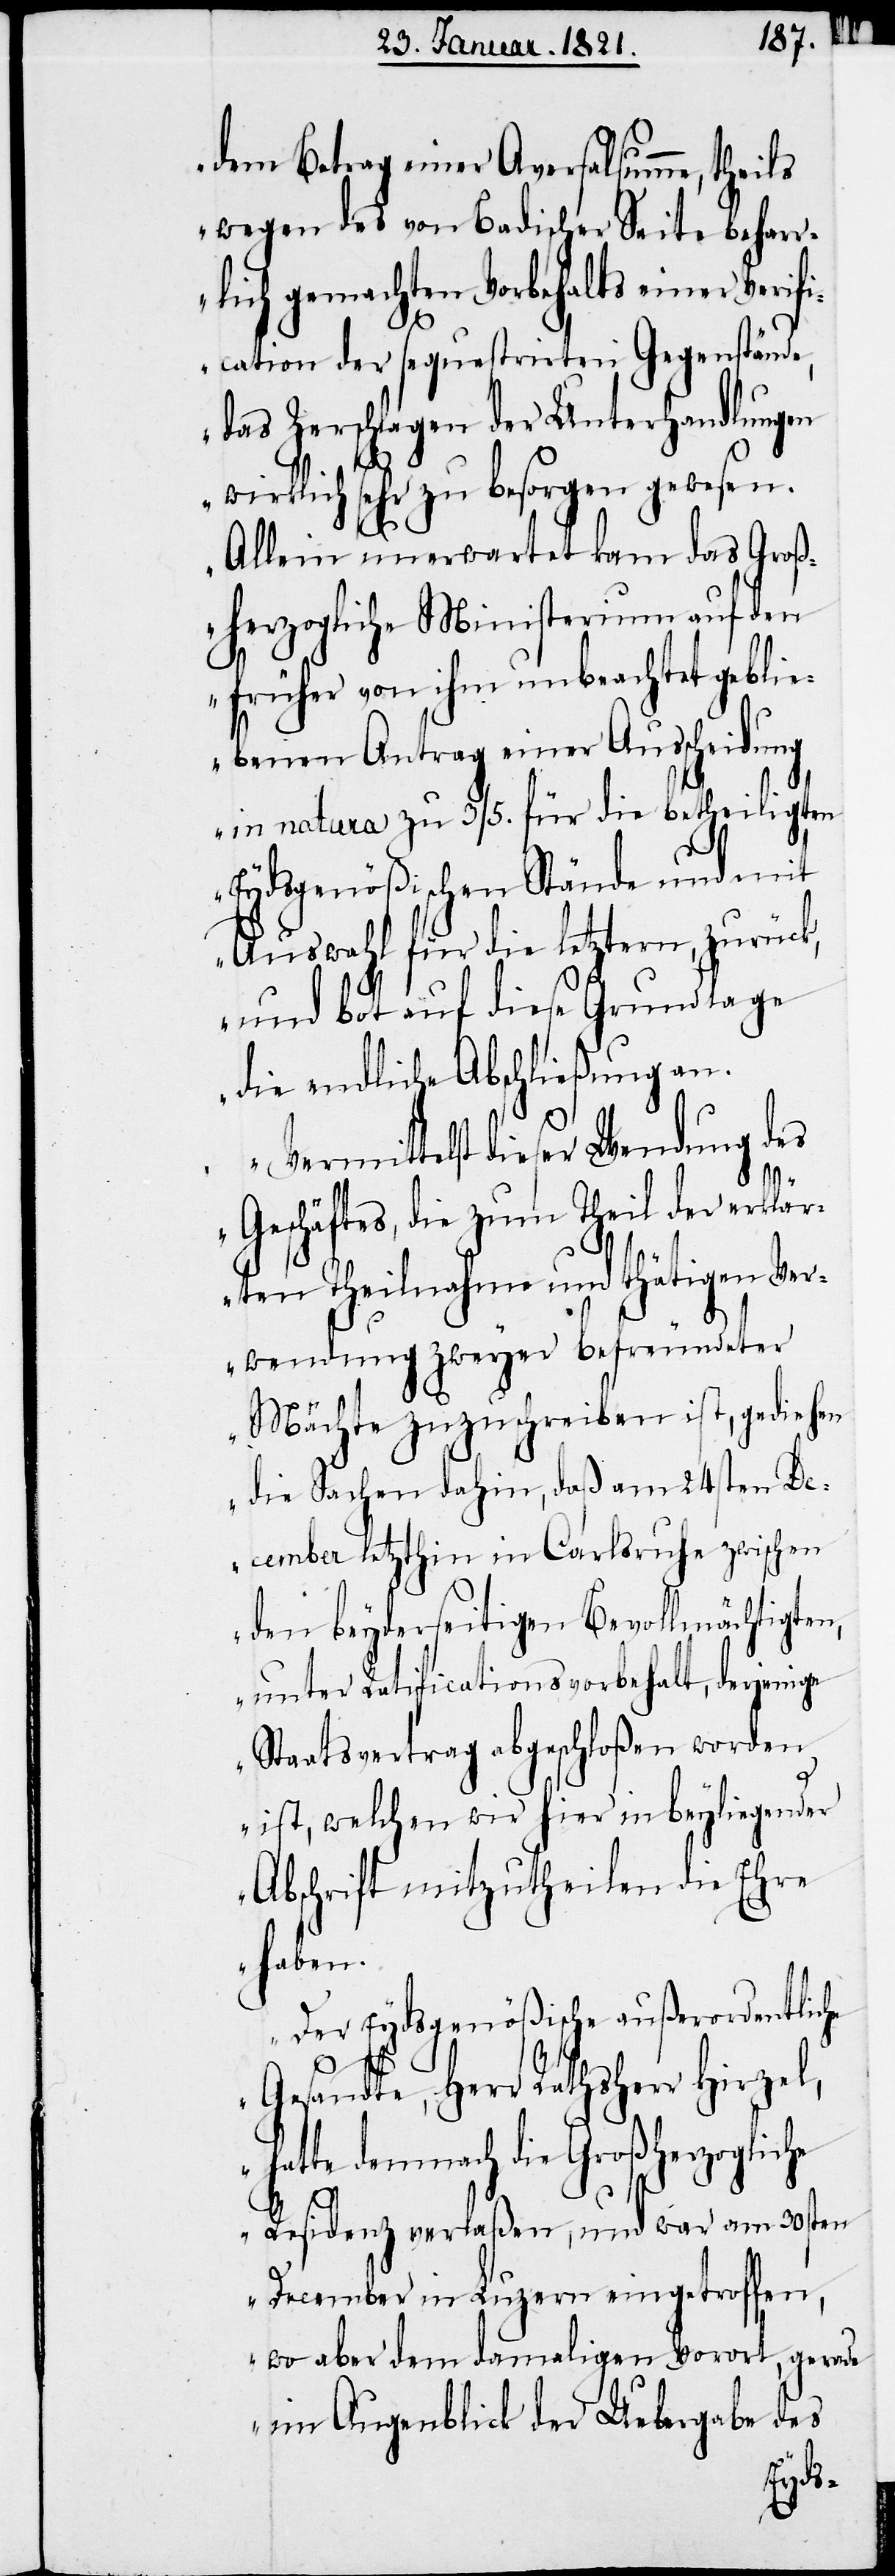
dem Betrag einer Aversalsumme, theils
wegen des von Badischer Seite behar¬
rlich gemachten Vorbehalts einer Verif¬
ication der sequestrirten Gegenstände,
das Zerschlagen der Unterhandlungen
wirklich sehr zu besorgen gewesen.
Allein unerwartet kam das Groß¬
herzogliche Ministerium auf den
früher von ihm unbeachtet geblie¬
benen Antrag einer Ausscheidung
in natura zu 3/5. für die betheiligten
Eydsgenößischen Stände und mit
Auswahl für die letztern, zurück,
die endliche Abschließung an.
Vermittelst dieser Wendung des
Geschäftes, die zum Theil der erklär¬
ten Theilnahme und thätigen Ver¬
wendung zweyer befreundeter
Mächte zuzuschreiben ist, gediehen
die Sachen dahin, daß am 24sten De¬
cember letzthin in Carlsruhe zwischen
den beyderseitigen Bevollmächtigten,
unter Ratificationsvorbehalt, derjenige
Staatsvertrag abgeschloßen worden
ist, welchen wir hier in beyliegender
Abschrift mitzutheilen die Ehre
haben.
Der Eydsgenößische außerordentliche
Gesandte, Herr Rathsherr Hirzel,
hatte demnach die Großherzogliche
Residenz verlaßen, und war am 30sten
December in Luzern eingetroffen,
wo aber dem damaligen Vorort, gerade
im Augenblick der Uebergabe des